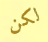
لكن